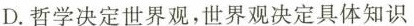
D.哲学决定世界观，世界观决定具体知识